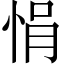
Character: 悁